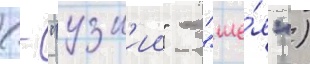
(- "узк'ии" - "ше́я")